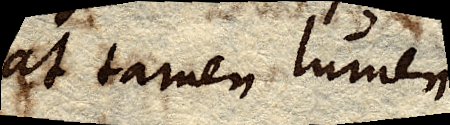
at tamen lumen